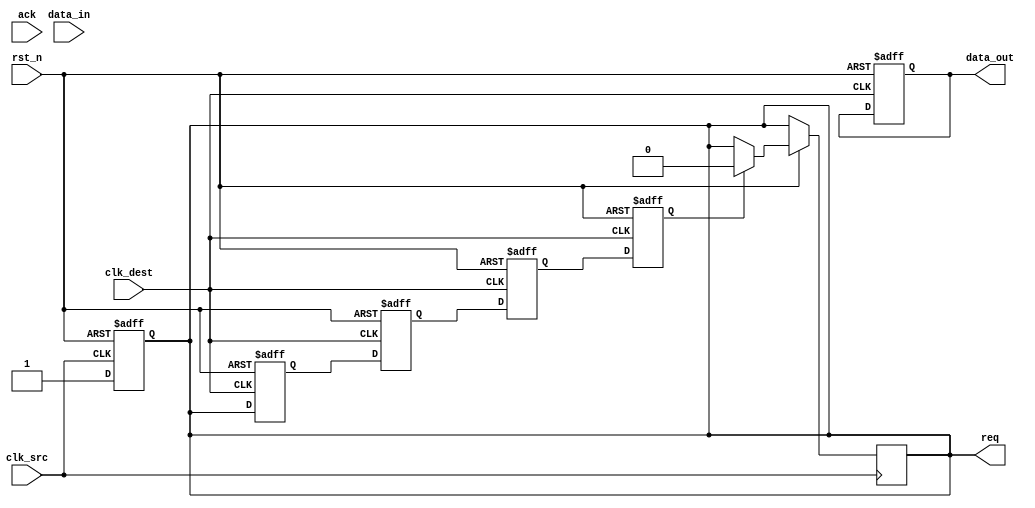
module handshake_synchronizer #(
    parameter DATA_WIDTH = 8
)(
    input wire clk_src,          // Source clock
    input wire clk_dest,         // Destination clock
    input wire rst_n,            // Asynchronous reset (active low)
    input wire [DATA_WIDTH-1:0] data_in, // Data input from source
    output reg [DATA_WIDTH-1:0] data_out, // Data output to destination
    output reg req,              // Request signal from source
    input wire ack               // Acknowledgment signal from destination
);

    // Internal signals for synchronization
    reg [DATA_WIDTH-1:0] data_reg;
    reg req_sync_1, req_sync_2; // Synchronization registers for req
    reg ack_sync_1, ack_sync_2; // Synchronization registers for ack

    // Generate req signal in the source clock domain
    always @(posedge clk_src or negedge rst_n) begin
        if (!rst_n) begin
            req <= 1'b0;
        end else begin
            req <= 1'b1; // Assert req when data is available
        end
    end

    // Synchronize req signal to the destination clock domain
    always @(posedge clk_dest or negedge rst_n) begin
        if (!rst_n) begin
            req_sync_1 <= 1'b0;
            req_sync_2 <= 1'b0;
        end else begin
            req_sync_1 <= req; // First stage of synchronization
            req_sync_2 <= req_sync_1; // Second stage of synchronization
        end
    end

    // Data transfer logic in the destination clock domain
    always @(posedge clk_dest or negedge rst_n) begin
        if (!rst_n) begin
            data_out <= {DATA_WIDTH{1'b0}};
            data_reg <= {DATA_WIDTH{1'b0}};
        end else if (req_sync_2) begin
            data_reg <= data_in; // Capture data when req is asserted
        end
    end

    // Generate ack signal in the destination clock domain
    always @(posedge clk_dest or negedge rst_n) begin
        if (!rst_n) begin
            ack_sync_1 <= 1'b0;
            ack_sync_2 <= 1'b0;
        end else begin
            ack_sync_1 <= req_sync_2; // Assert ack when data is received
            ack_sync_2 <= ack_sync_1; // Synchronize ack signal
        end
    end

    // Acknowledge the data transfer in the source clock domain
    always @(posedge clk_src or negedge rst_n) begin
        if (!rst_n) begin
            // Reset logic for ack handling
        end else if (ack_sync_2) begin
            req <= 1'b0; // Deassert req when ack is received
        end
    end

endmodule